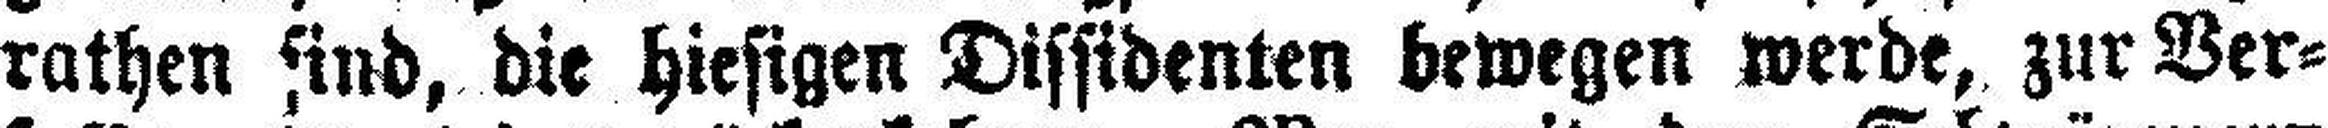
rathen find, die hiesigen Dissidenten bewegen werde, zur Ver¬